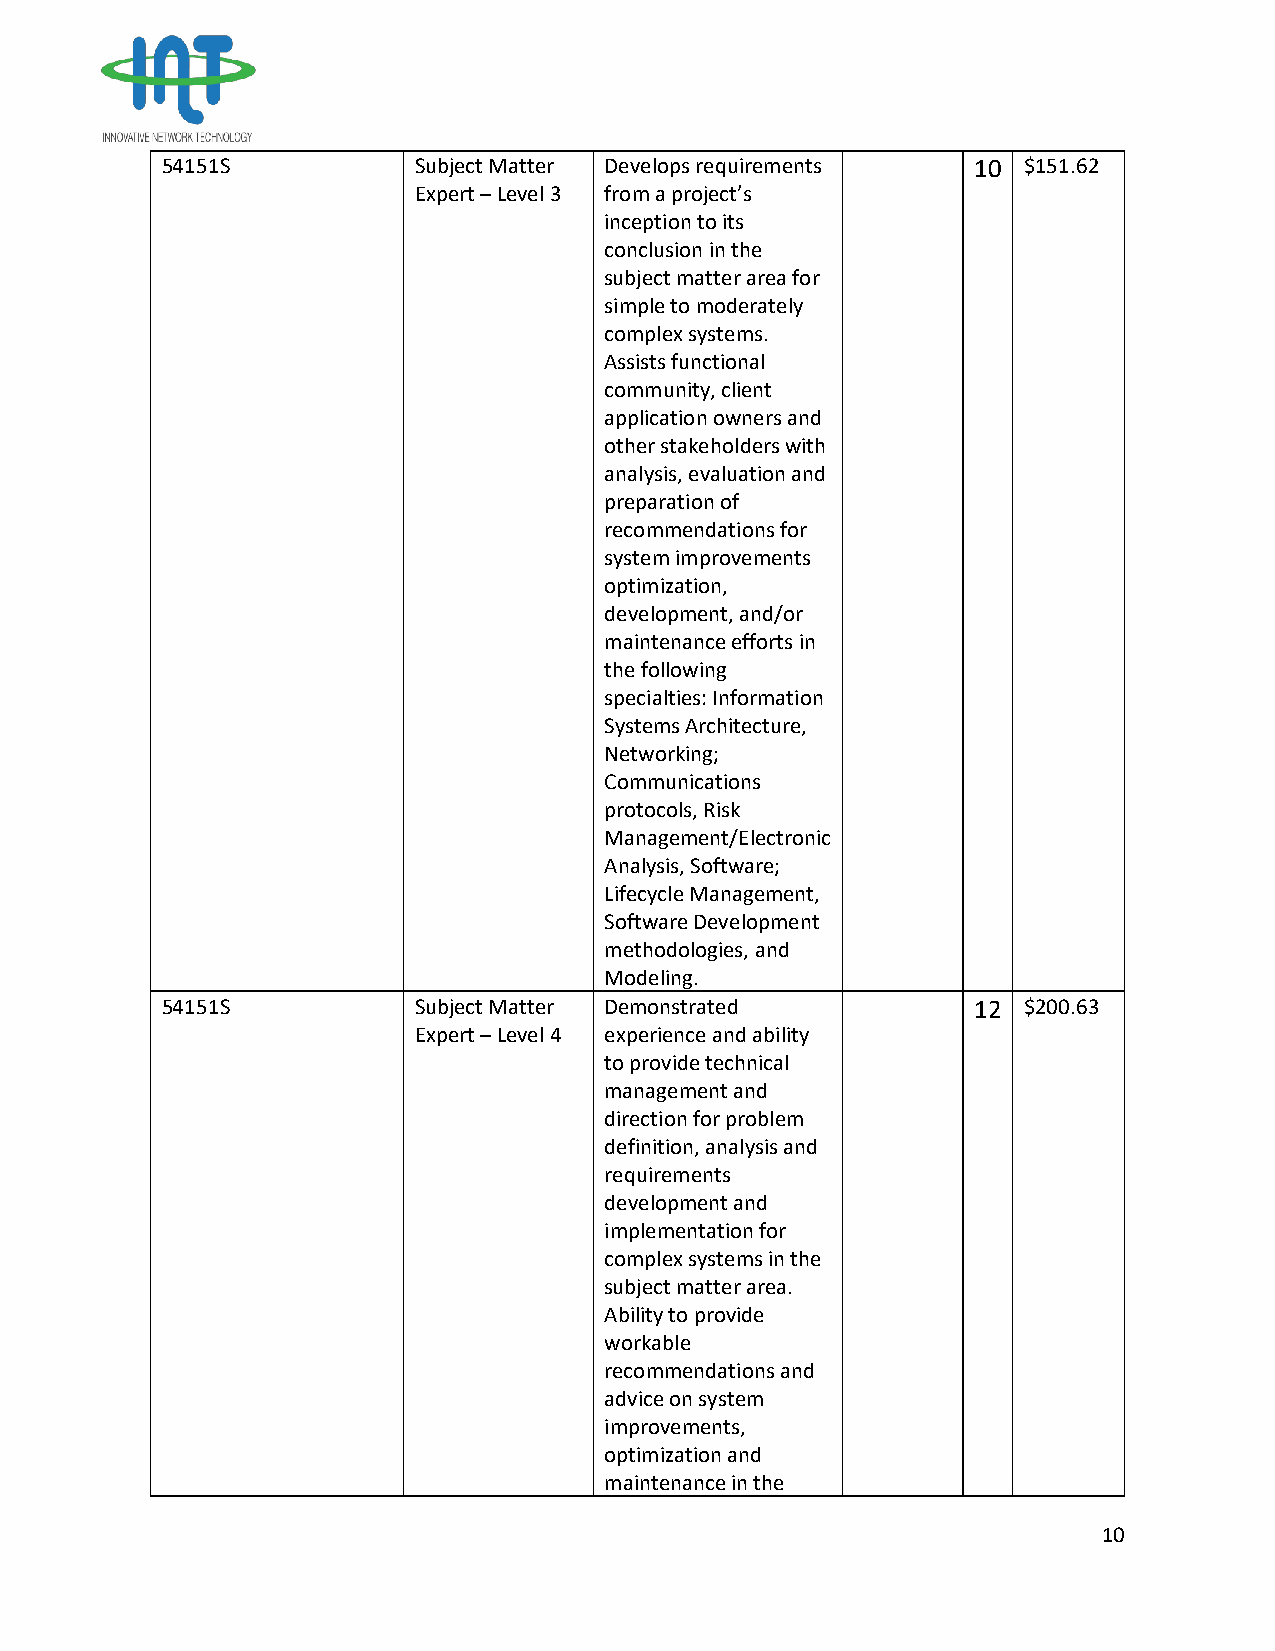
54151S          Subject Matter Develops requirements 10  $151.62
 Expert – Level 3 from a project’s
 inception to its
 conclusion in the
 subject matter area for
 simple to moderately
 complex systems.
 Assists functional
 community, client
 application owners and
 other stakeholders with
 analysis, evaluation and
 preparation of
 recommendations for
 system improvements
 optimization,
 development, and/or
 maintenance efforts in
 the following
 specialties: Information
 Systems Architecture,
 Networking;
 Communications
 protocols, Risk
 Management/Electronic
 Analysis, Software;
 Lifecycle Management,
 Software Development
 methodologies, and
 Modeling.
 54151S          Subject Matter Demonstrated          12  $200.63
 Expert – Level 4 experience and ability
 to provide technical
 management and
 direction for problem
 definition, analysis and
 requirements
 development and
 implementation for
 complex systems in the
 subject matter area.
 Ability to provide
 workable
 recommendations and
 advice on system
 improvements,
 optimization and
 maintenance in the
 10